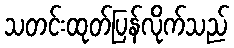
သတင်းထုတ်ပြန်လိုက်သည်